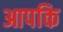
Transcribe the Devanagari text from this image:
आपकि